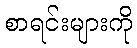
စာရင်းများကို